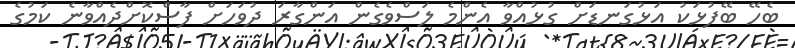
ބެހޭ ބޭފުޅަކު އަޅުގަނޑަށް ގުޅުއްވާ އެންމެ ލަސްވެގެން އަންގާރަ ދުވަހަށް ފާސްކޮށްދެއްވާނެ ކަމުގެ